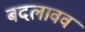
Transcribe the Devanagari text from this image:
बदलावव